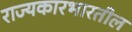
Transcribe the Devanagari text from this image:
राज्यकारभारतील